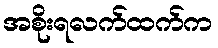
အစိုးရလက်ထက်က